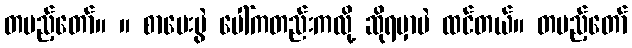
တပည့်တော်။ ။ စာမေးပွဲ ပေါ်ကတည်းကလို့ ဆိုရမှာပဲ ထင်တယ်။ တပည့်တော်